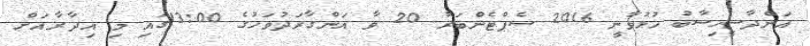
އަންދާސީހިސާބު ހުޅުވާނީ 2016 ސެޕްޓެންބަރު 20 ވާ އަންގާރަދުވަހުގެ 13:00ގައި މި އިދާރާއަށް